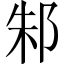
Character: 邾